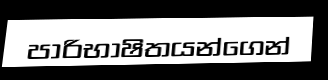
පාරිභාෂිතයන්ගෙන්